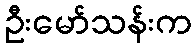
ဦးမော်သန်းက